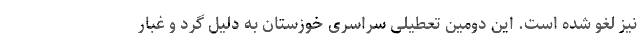
نیز لغو شده است. این دومین تعطیلی سراسری خوزستان به دلیل گرد و غبار